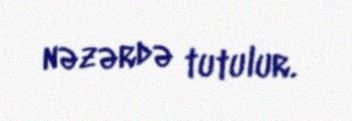
nəzərdə tutulur.